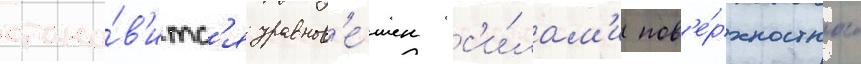
стано́в'итс'я уравнов'е́шен с'и́лам'и пов'е́рхностного